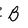
Character: B